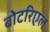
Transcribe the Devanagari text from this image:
बोटरिएल